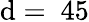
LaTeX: \mathrm{d}=~45